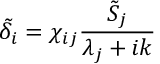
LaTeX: \tilde { \delta } _ { i } = \chi _ { i j } \frac { \tilde { S } _ { j } } { \lambda _ { j } + i k }